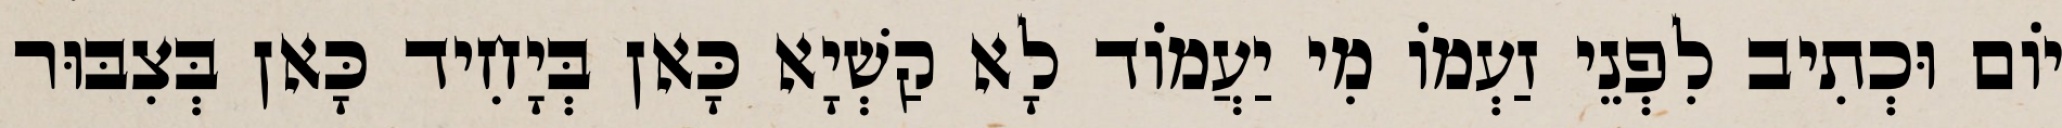
יוֹם וּכְתִיב לִפְנֵי זַעְמוֹ מִי יַעֲמוֹד לָא קַשְׁיָא כָּאן בְּיָחִיד כָּאן בְּצִבּוּר